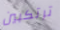
ترتكبين